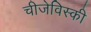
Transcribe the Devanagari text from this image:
चीजेविस्की